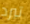
تبرد